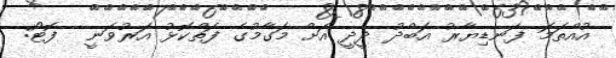
އުއްތަމަ ފަނޑިޔާރު އަބްދު ދީދީ އަށް މަގާމުގެ ފަތްކޮޅު އަރުވަނީ  ފޮޓޯ: